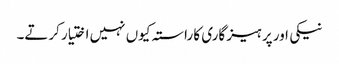
نیکی اور پر ہیز گاری کا راستہ کیوں نہیں اختیار کرتے۔